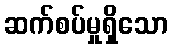
ဆက်စပ်မှုရှိသော